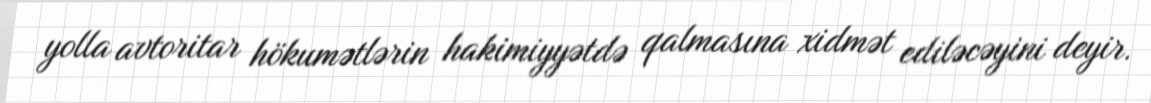
yolla avtoritar hökumətlərin hakimiyyətdə qalmasına xidmət ediləcəyini deyir.